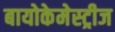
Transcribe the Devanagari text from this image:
बायोकेमेस्ट्रीज